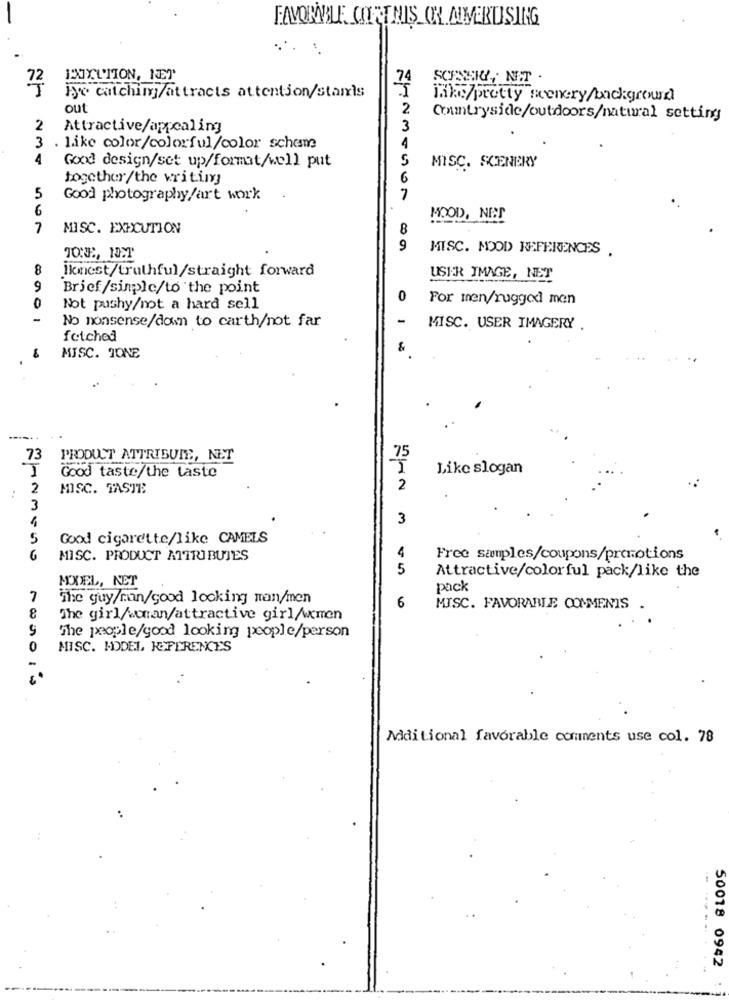
FAVORABLE, COFFTHIS ON ADVERTISING
BOXLIION, KET
74
SOSEK, NI.T .
72
Hyo cutchim/attracts attention/stails
jaks/pretty scenery/background
out
2
Crumtryside/outdoors/natural setting
2
Attractive/appealing
3
3
. like color/colorful/color scheme
4
4
Good design/set up/format/well put
S
MISC. SCENERY
together/the writing
6
5
Good photography/art work
7
6
MOOD, NET
7
MISC. EXECUTION
8
9
MISC. MOOD REFERENCES .
8
lkmest/truthful/straight forward
USER IMAGE, NET
9
Brief/sinplc/to the point
0
For men/ruggol men
0
Not pushy/not a hard sell
-
No nonsense/down to carth/not far
MISC. USER IMAGERY .
fetched
MISC. TONE
73
PRODUCT ATTRIBUTE, NET
75
Good taste/the taste
Like slogan
2
MISC. TASTE
2
3
4
3
Good cigarette/like CAMELS
4
6
MISC. PRODUCT ATTRIBUTES
Free samples/coupons/promotions
5
Attractive/colorful pack/like the
MODEL, NET
pack
7
The guy/main/good looking man/men
6
MISC. FAVORABLE COMMENTS
The girl/woman/attractive girlAxmen
The people/good looking people/person
0
MISC. MODEL REFERENCES
Maitional favorable comments use col. 78
50018 0942